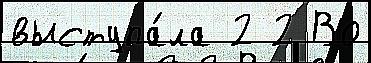
выступа́ла 2 2 Во